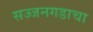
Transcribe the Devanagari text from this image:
सज्जनगडाचा